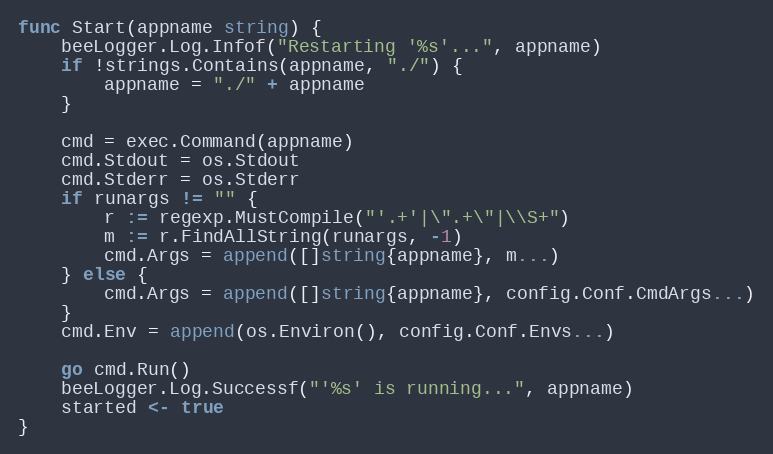
Language: Go
func Start(appname string) {
	beeLogger.Log.Infof("Restarting '%s'...", appname)
	if !strings.Contains(appname, "./") {
		appname = "./" + appname
	}

	cmd = exec.Command(appname)
	cmd.Stdout = os.Stdout
	cmd.Stderr = os.Stderr
	if runargs != "" {
		r := regexp.MustCompile("'.+'|\".+\"|\\S+")
		m := r.FindAllString(runargs, -1)
		cmd.Args = append([]string{appname}, m...)
	} else {
		cmd.Args = append([]string{appname}, config.Conf.CmdArgs...)
	}
	cmd.Env = append(os.Environ(), config.Conf.Envs...)

	go cmd.Run()
	beeLogger.Log.Successf("'%s' is running...", appname)
	started <- true
}